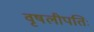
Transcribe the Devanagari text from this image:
वृषलीपतिः